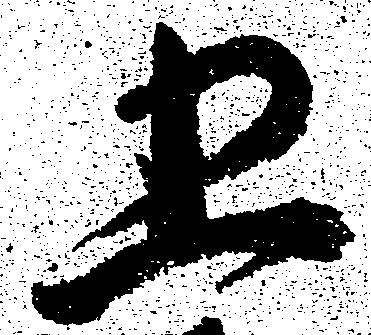
五